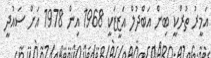
އަމީރު ތުރްކީ ބިން އަބްދުލް އަޒީޒަކީ 1968 އިން 1978 އަށް ސައުދީ